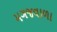
મગજવાળા